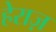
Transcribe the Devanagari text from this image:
हेराज़